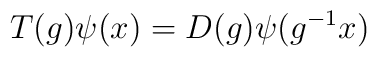
T(g)\psi(x)=D(g)\psi(g^{-1}x)